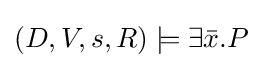
(D,V,s,R)\models \exists {\bar {x}}.P